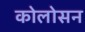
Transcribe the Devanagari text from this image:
कोलोसन